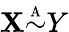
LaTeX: \mathbf{X}{\overset{\underset{\mathrm{{A}}}{}}{\sim}}Y